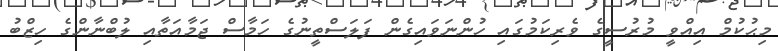
މިޙުކުމް އިއްވީ މުރުސީގެ ވެރިކަމުގައި ހުންނަވައިގެން ފަލަސްތީނުގެ ހަމާސް ޖަމާއަތާއި ލުބްނާންގެ ހިޒްބު